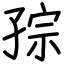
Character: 孮